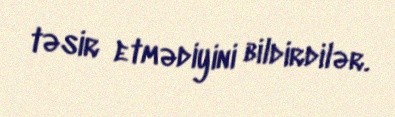
təsir etmədiyini bildirdilər.